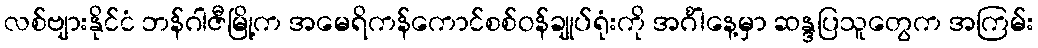
လစ်ဗျားနိုင်ငံ ဘန်ဂါဇီမြို့က အမေရိကန်ကောင်စစ်ဝန်ချုပ်ရုံးကို အင်္ဂါနေ့မှာ ဆန္ဒပြသူတွေက အကြမ်း